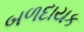
બળદાયક